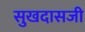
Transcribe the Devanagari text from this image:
सुखदासजी